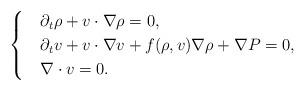
LaTeX: \begin{align*}\begin{cases}& \partial_{t}\rho + v \cdot \nabla \rho=0, \\& \partial_{t}{v}+{v} \cdot \nabla {v} + f(\rho, v) \nabla \rho+ \nabla {P}=0, \\& \nabla \cdot v = 0.\end{cases}\end{align*}